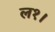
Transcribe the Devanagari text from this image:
ल१।